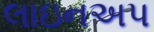
લાઇનઅપ